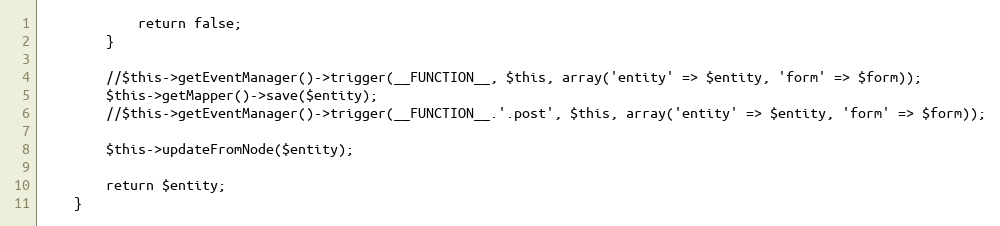
Language: PHP
            return false;
        }

        //$this->getEventManager()->trigger(__FUNCTION__, $this, array('entity' => $entity, 'form' => $form));
        $this->getMapper()->save($entity);
        //$this->getEventManager()->trigger(__FUNCTION__.'.post', $this, array('entity' => $entity, 'form' => $form));

        $this->updateFromNode($entity);

        return $entity;
    }